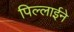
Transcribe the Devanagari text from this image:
पिल्लाईने